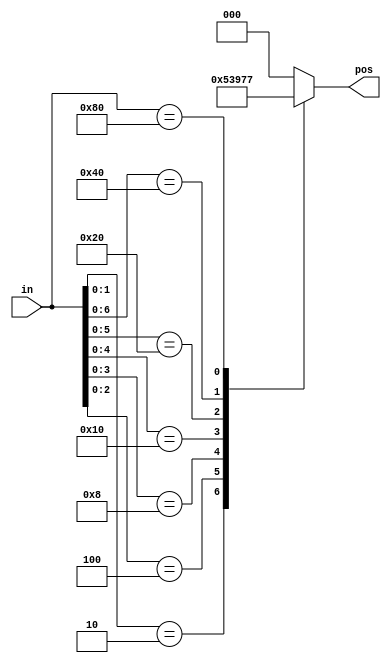
// SPDX-License-Identifier: MIT

// synthesis verilog_input_version verilog_2001
module top_module (
    input [7:0] in,
    output reg [2:0] pos );
    always @(*) casez (in) 
        8'bzzzzzz10: pos = 1;
        8'bzzzzz100: pos = 2;
        8'bzzzz1000: pos = 3;
        8'bzzz10000: pos = 4;
        8'bzz100000: pos = 5;
        8'bz1000000: pos = 6;
        8'b10000000: pos = 7;
        default: pos = 0;
    endcase
endmodule